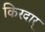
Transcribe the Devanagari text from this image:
किरदार्